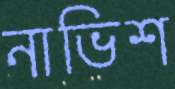
নাভিশ